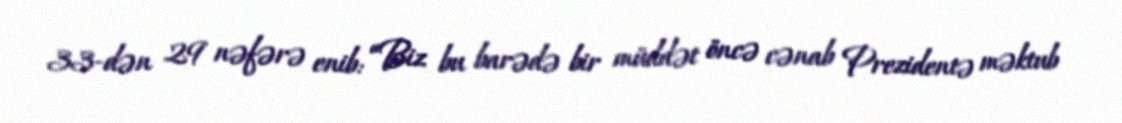
33-dən 29 nəfərə enib: “Biz bu barədə bir müddət öncə cənab Prezidentə məktub